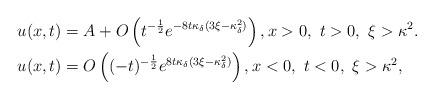
LaTeX: \begin{align*} &u(x,t)=A+O\left(t^{-\frac{1}{2}}e^{-8t\kappa_{\delta}(3\xi-\kappa_{\delta}^2)}\right), x>0, \ t>0, \ \xi>\kappa^2. \\ &u(x,t)=O\left((-t)^{-\frac{1}{2}}e^{8t\kappa_{\delta}(3\xi-\kappa_{\delta}^2)}\right), x<0, \ t<0, \ \xi>\kappa^2, \end{align*}